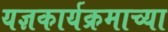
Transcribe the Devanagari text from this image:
यज्ञकार्यक्रमाच्या